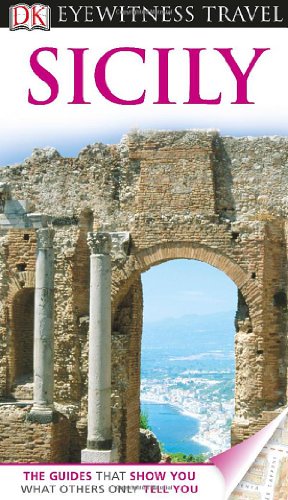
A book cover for DK Eyewitness Travel Guide: Sicily; DK Publishing; Travel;